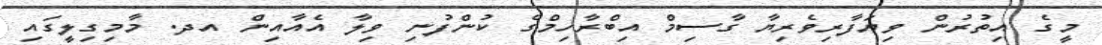
މީގެ އިތުރުން ވިޔަފާރިވެރިޔާ ގާސިމް އިބްރާހިމްގެ ކުންފުނި ވިލާ އެއާއިން އދ. މާމިގިލީގައި